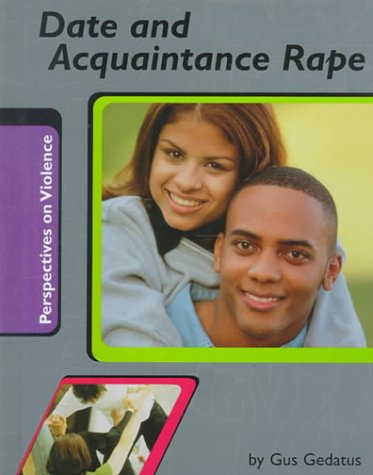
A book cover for Date and Acquaintance Rape (Perspectives on Violence); Gustav Mark Gedatus; Teen & Young Adult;